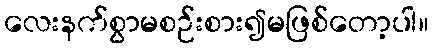
လေးနက်စွာမစဉ်းစား၍မဖြစ်တော့ပါ။